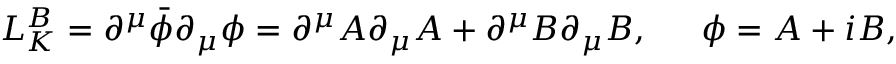
L _ { K } ^ { B } = \partial ^ { \mu } \bar { \phi } \partial _ { \mu } \phi = \partial ^ { \mu } A \partial _ { \mu } A + \partial ^ { \mu } B \partial _ { \mu } B , \, \, \, \, \, \, \, \, \, \phi = A + i B , \,